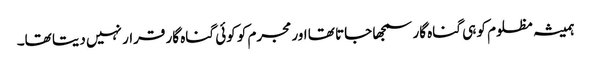
ہمیشہ مظلوم کو ہی گناہ گار سمجھا جاتا تھا اور مجرم کو کوئی گناہ گار قرار نہیں دیتا تھا۔